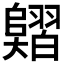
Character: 𦒣